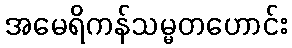
အမေရိကန်သမ္မတဟောင်း